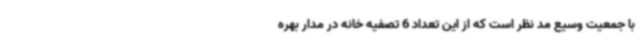
با جمعیت وسیع مد نظر است که از این تعداد 6 تصفیه خانه در مدار بهره